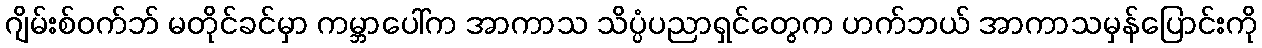
ဂျိမ်းစ်ဝက်ဘ် မတိုင်ခင်မှာ ကမ္ဘာပေါ်က အာကာသ သိပ္ပံပညာရှင်တွေက ဟက်ဘယ် အာကာသမှန်ပြောင်းကို